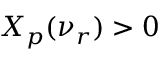
X _ { p } ( \nu _ { r } ) > 0